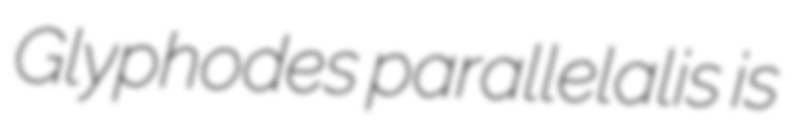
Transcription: Glyphodes parallelalis is